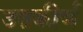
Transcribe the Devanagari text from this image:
उत्तकीर्ण